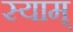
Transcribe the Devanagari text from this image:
स्याम्